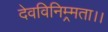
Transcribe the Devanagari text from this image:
देवविनिम्र्मता।।